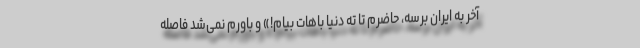
آخر به ایران برسه، حاضرم تا تهِ دنیا باهات بیام!» و باورم نمی‌شد فاصله